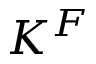
K ^ { F }